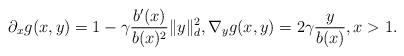
LaTeX: \begin{align*}\partial_x g(x,y) = 1 - \gamma\frac{b'(x)}{b(x)^2} \| y \|_d^2, \nabla_y g(x,y) = 2\gamma \frac{y}{b(x)} , x > 1 .\end{align*}